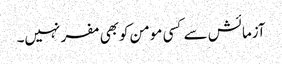
آزمائش سے کسی مومن کوبھی مفر نہیں۔